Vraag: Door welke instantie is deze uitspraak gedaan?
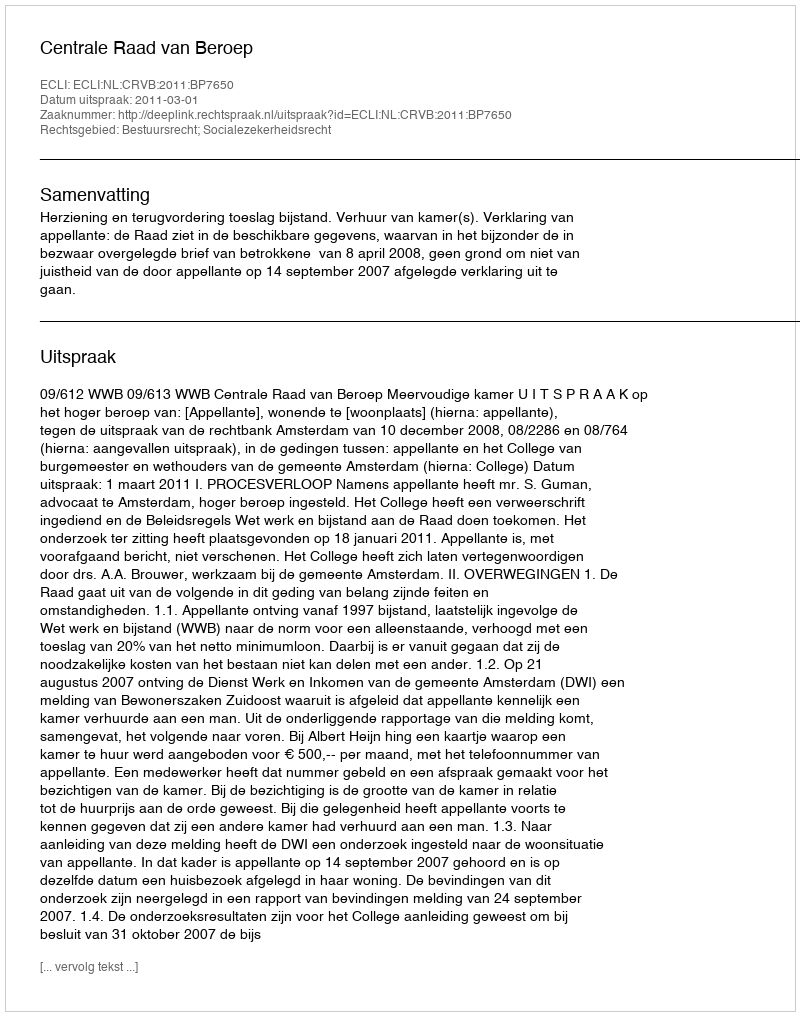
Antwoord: Centrale Raad van Beroep